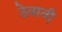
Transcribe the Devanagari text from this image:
ठेवावी़